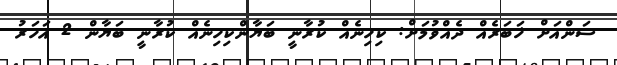
ސަންއަށް ޚަބަރެއް ދެއްވުމަށް: ކިހިނެއް ކުރާނީ ބަޔާންކިހިނެއް ކުރާނީ ބަޔާން 2 އަހަރު